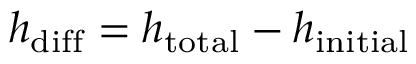
h _ { \mathrm { d i f f } } = h _ { \mathrm { t o t a l } } - h _ { \mathrm { i n i t i a l } }